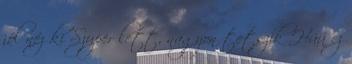
jól néz ki Szuper lett, nagyon tetszik Húú ez